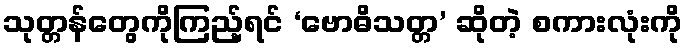
သုတ္တန်တွေကိုကြည့်ရင် ‘ဗောဓိသတ္တ’ ဆိုတဲ့ စကားလုံးကို